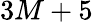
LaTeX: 3M+5